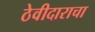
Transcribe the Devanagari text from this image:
ठेवीदाराचा